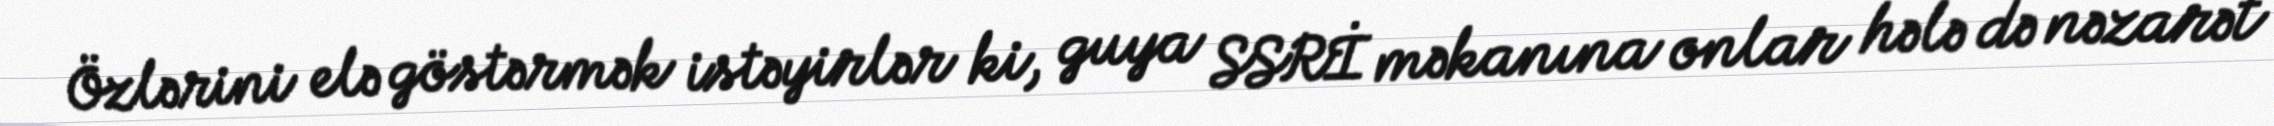
Özlərini elə göstərmək istəyirlər ki, guya SSRİ məkanına onlar hələ də nəzarət